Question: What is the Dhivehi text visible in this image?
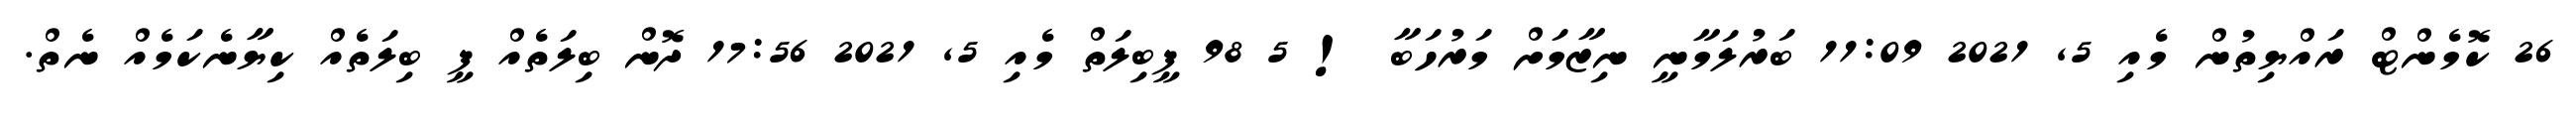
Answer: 26 ކޮމެންޓް ރައްޔިތުން މެއި 5, 2021 11:09 ބަރުލަމާނީ ނިޒާމަށް މަރުހަބާ ! 5 98 ފީބިލަތް މެއި 5, 2021 17:56 ދޮން ބިލަތެއް ފީ ބިލަތެއް ކިޔާނެކަމެއް ނެތް.